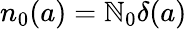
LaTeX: {{n}_{0}}(a)={\mathbb{N}_{0}{\delta}}(a)